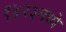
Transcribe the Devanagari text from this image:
१४२३मध्ये